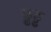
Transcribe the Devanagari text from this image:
ढ्ढढ्ढ